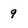
Character: 9